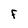
Character: F